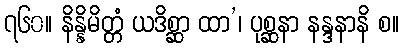
၇၆၀။ နိန္နိမိတ္တံ ယဒိစ္ဆာ ထာ’၊ ပုစ္ဆနာ နန္ဒနာနိ စ။